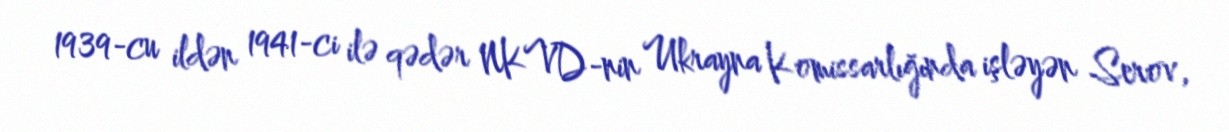
1939-cu ildən 1941-ci ilə qədər NKVD-nin Ukrayna Komissarlığında işləyən Serov,